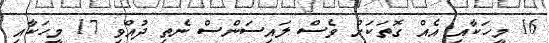
16 މީހަކާއި އެއް ގޮތަކަށް ވެސް ލައިސަންސް ނެތި ދުއްވި 17 މީހަކާއި